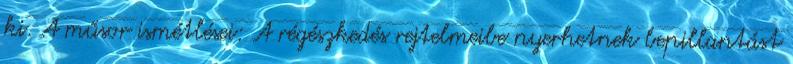
ki. A műsor ismétlései: A régészkedés rejtelmeibe nyerhetnek bepillantást